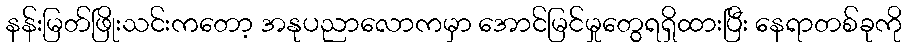
နန်းမြတ်ဖြိုးသင်းကတော့ အနုပညာလောကမှာ အောင်မြင်မှုတွေရရှိထားပြီး နေရာတစ်ခုကို